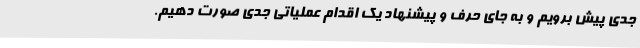
جدی پیش برویم و به جای حرف و پیشنهاد یک اقدام عملیاتی جدی صورت دهیم.